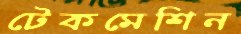
টেকমেশিন